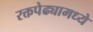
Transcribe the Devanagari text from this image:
रक्तपेढ्यामध्ये